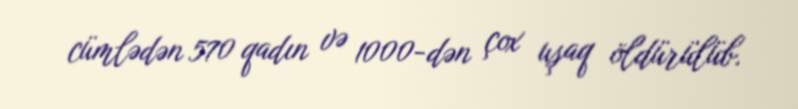
cümlədən 570 qadın və 1000-dən çox uşaq öldürülüb.